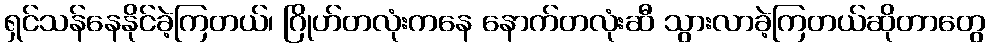
ရှင်သန်နေနိုင်ခဲ့ကြတယ်၊ ဂြိုဟ်တလုံးကနေ နောက်တလုံးဆီ သွားလာခဲ့ကြတယ်ဆိုတာတွေ